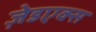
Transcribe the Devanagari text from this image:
ज़ेडएक्स